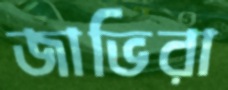
জাভিরা